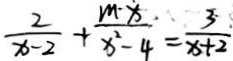
\frac { 2 } { x - 2 } + \frac { m \cdot x } { x ^ { 2 } - 4 } = \frac { 3 } { x + 2 }